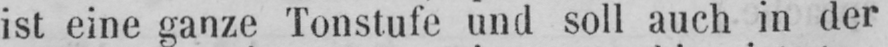
ist eine ganze Tonstufe und soll auch in der